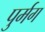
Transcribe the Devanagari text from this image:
पुर्मग